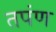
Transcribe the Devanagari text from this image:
तपंण